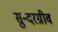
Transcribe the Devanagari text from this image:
सुन्दरग्रीव